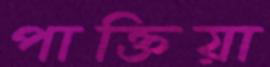
পাক্তিয়া